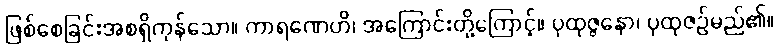
ဖြစ်စေခြင်းအစရှိကုန်သော။ ကာရဏေဟိ၊ အကြောင်းတို့ကြောင့်။ ပုထုဇ္ဇနော၊ ပုထုဇဉ်မည်၏။